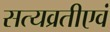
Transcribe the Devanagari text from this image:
सत्यव्रतीएवं